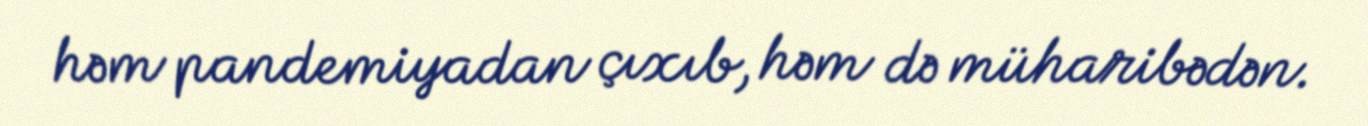
həm pandemiyadan çıxıb, həm də müharibədən.